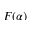
F ( \alpha )